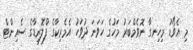
މި އެވޯޑު މިހިނގާ ނޮވެމްބަރު މަހުގެ ހަވަނަ ދުވަހު އެމެރިކާގެ ފްލޮރިޑާގެ ސެއިންޓް